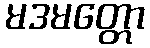
မဒမတ္တော